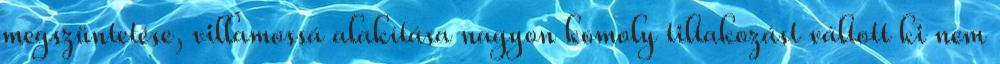
megszüntetése, villamossá alakítása nagyon komoly tiltakozást váltott ki nem